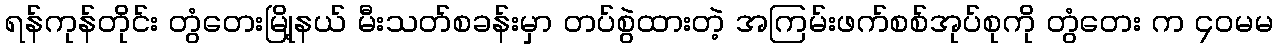
ရန်ကုန်တိုင်း တွံတေးမြို့နယ် မီးသတ်စခန်းမှာ တပ်စွဲထားတဲ့ အကြမ်းဖက်စစ်အုပ်စုကို တွံတေး က ၄၀မမ